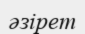
әзірет